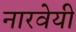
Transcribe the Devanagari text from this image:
नारवेयी